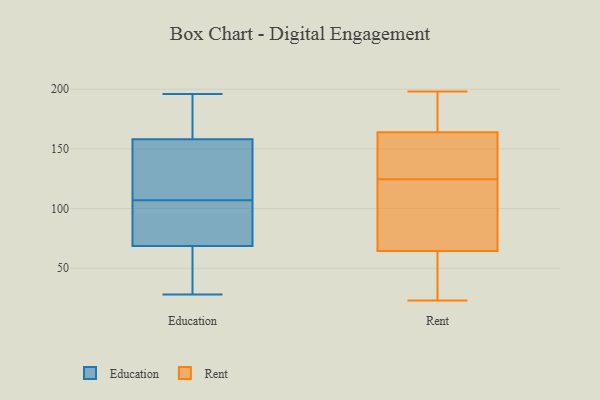
{"axis": {"x": "LTV (USD)", "y": "Value"}, "legend": ["Education", "Rent"], "data": [{"x": "", "y": 132, "type": "Education"}, {"x": "", "y": 150, "type": "Education"}, {"x": "", "y": 152, "type": "Education"}, {"x": "", "y": 107, "type": "Education"}, {"x": "", "y": 111, "type": "Education"}, {"x": "", "y": 104, "type": "Education"}, {"x": "", "y": 176, "type": "Education"}, {"x": "", "y": 196, "type": "Education"}, {"x": "", "y": 187, "type": "Education"}, {"x": "", "y": 85, "type": "Education"}, {"x": "", "y": 28, "type": "Education"}, {"x": "", "y": 30, "type": "Education"}, {"x": "", "y": 79, "type": "Education"}, {"x": "", "y": 187, "type": "Education"}, {"x": "", "y": 48, "type": "Education"}, {"x": "", "y": 52, "type": "Education"}, {"x": "", "y": 105, "type": "Education"}, {"x": "", "y": 65, "type": "Education"}, {"x": "", "y": 160, "type": "Education"}, {"x": "", "y": 27, "type": "Rent"}, {"x": "", "y": 137, "type": "Rent"}, {"x": "", "y": 198, "type": "Rent"}, {"x": "", "y": 52, "type": "Rent"}, {"x": "", "y": 23, "type": "Rent"}, {"x": "", "y": 191, "type": "Rent"}, {"x": "", "y": 46, "type": "Rent"}, {"x": "", "y": 153, "type": "Rent"}, {"x": "", "y": 53, "type": "Rent"}, {"x": "", "y": 81, "type": "Rent"}, {"x": "", "y": 149, "type": "Rent"}, {"x": "", "y": 76, "type": "Rent"}, {"x": "", "y": 198, "type": "Rent"}, {"x": "", "y": 143, "type": "Rent"}, {"x": "", "y": 98, "type": "Rent"}, {"x": "", "y": 175, "type": "Rent"}, {"x": "", "y": 112, "type": "Rent"}, {"x": "", "y": 104, "type": "Rent"}, {"x": "", "y": 190, "type": "Rent"}, {"x": "", "y": 149, "type": "Rent"}]}